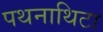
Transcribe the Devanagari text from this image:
पथनाथिटा